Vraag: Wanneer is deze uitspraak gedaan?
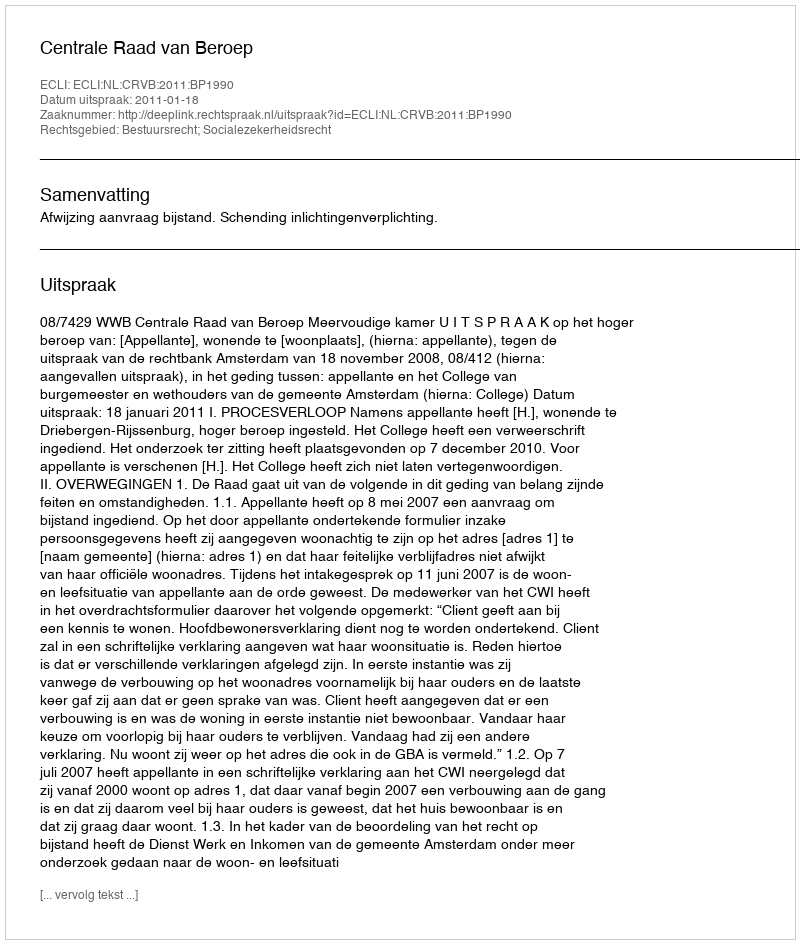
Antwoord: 2011-01-18